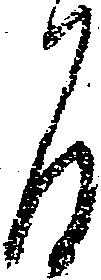
間